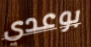
بوعدي